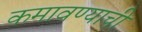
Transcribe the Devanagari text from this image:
कमावण्याची